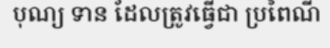
បុណ្យ ទាន ដែលត្រូវធ្វើជា ប្រពៃណី